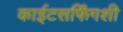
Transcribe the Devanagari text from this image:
काईटसर्फिंगशी